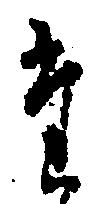
た